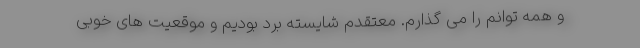
و همه توانم را می گذارم. معتقدم شایسته برد بودیم و موقعیت های خوبی